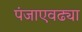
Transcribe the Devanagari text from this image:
पंजाएवढ्या